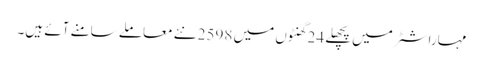
مہاراشٹر میں پچھلے 24 گھنٹوں میں 2598 نئے معاملے سامنے آئے ہیں۔